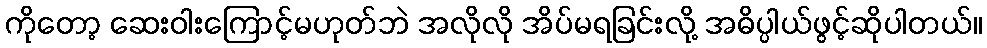
ကိုတော့ ဆေးဝါးကြောင့်မဟုတ်ဘဲ အလိုလို အိပ်မရခြင်းလို့ အဓိပ္ပါယ်ဖွင့်ဆိုပါတယ်။